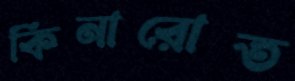
কিনারোত